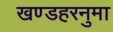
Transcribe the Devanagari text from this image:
खण्डहरनुमा